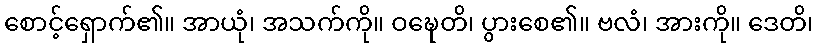
စောင့်ရှောက်၏။ အာယုံ၊ အသက်ကို။ ဝဍ္ဎေတိ၊ ပွားစေ၏။ ဗလံ၊ အားကို။ ဒေတိ၊